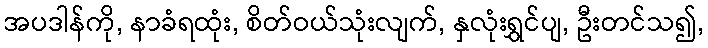
အပဒါန်ကို, နာခံရထုံး, စိတ်ဝယ်သုံးလျက်, နှလုံးရွှင်ပျ, ဦးတင်သ၍,